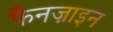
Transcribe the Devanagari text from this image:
फैनज़ाइन